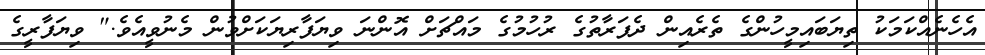
އެހެނެއްކަމަކު ތިޔަބައިމީހުންގެ ތެރެއިން ދެފަރާތުގެ ރުހުމުގެ މައްޗަށް އޮންނަ ވިޔަފާރިޔަކަށްވުން މެނުވީއެވެ." ވިޔަފާރީގެ